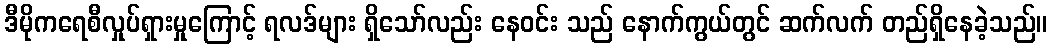
ဒီမိုကရေစီလှုပ်ရှားမှုကြောင့် ရလဒ်များ ရှိသော်လည်း နေဝင်း သည် နောက်ကွယ်တွင် ဆက်လက် တည်ရှိနေခဲ့သည်။